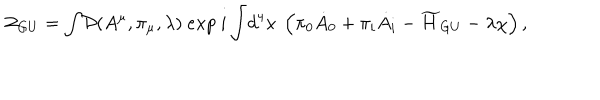
LaTeX: { \cal Z } _ { G U } = { \displaystyle \int } { \cal D } ( A ^ { \mu } , \pi _ { \mu } , \lambda ) ~ e x p ~ { i \displaystyle \int } d ^ { 4 } x ~ \left( \pi _ { 0 } { \dot { A } _ { 0 } } + \pi _ { i } { \dot { A } _ { i } } - { \widetilde H _ { G U } } - \lambda \chi \right) ,